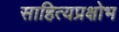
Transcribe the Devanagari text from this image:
साहित्यप्रक्षोभ